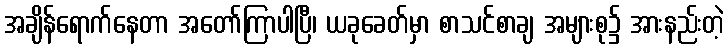
အချိန်ရောက်နေတာ အတော်ကြာပါပြီ၊ ယခုခေတ်မှာ စာသင်စာချ အများစု၌ အားနည်းတဲ့